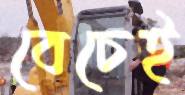
বেচেই